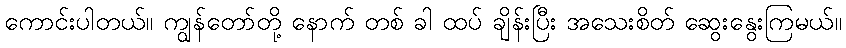
ကောင်းပါတယ်။ ကျွန်တော်တို့ နောက် တစ် ခါ ထပ် ချိန်းပြီး အသေးစိတ် ဆွေးနွေးကြမယ်။